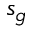
s _ { g }